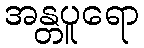
အန္တပူရော